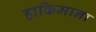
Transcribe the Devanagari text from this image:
हाकिमाना